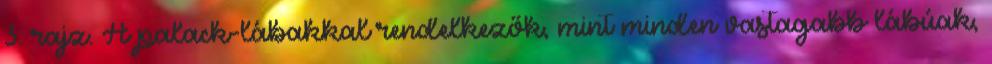
3. rajz. A palack-lábakkal rendelkezők, mint minden vastagabb lábúak,